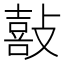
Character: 敼